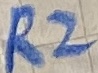
Text: R2